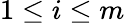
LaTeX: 1\leq i\leq m